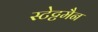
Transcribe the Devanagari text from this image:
स्टेट्टमैन